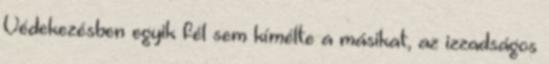
Védekezésben egyik fél sem kímélte a másikat, az izzadságos